Report on the lunatic asylums under the Government of Bombay - 1904-1913
Year: 1904
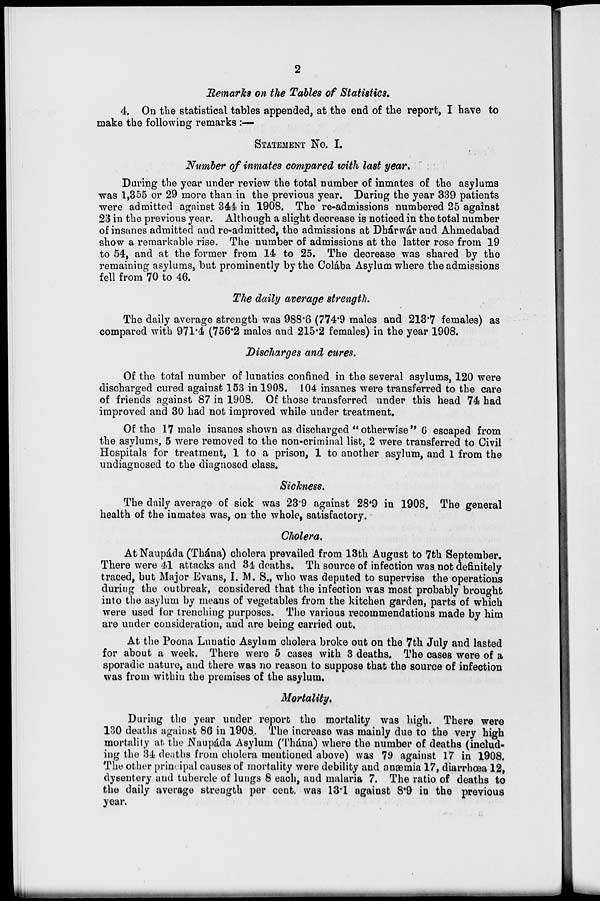
2
Remarks on the Tables of Statistics.
4. On the statistical tables appended, at the end of the report, I have to
make the following remarks :—
STATEMENT NO. I.
Number of inmates compared with last year.
During the year under review the total number of inmates of the asylums
was 1,355 or 29 more than in the previous year. During the year 339 patients
were admitted against 344 in 1908. The re-admissions numbered 25 against
23 in the previous year. Although a slight decrease is noticed in the total number
of insanes admitted and re-admitted, the admissions at Dhárwár and Ahmedabad
show a remarkable rise. The number of admissions at the latter rose from 19
to 54, and at the former from 14 to 25. The decrease was shared by the
remaining asylums, but prominently by the Colába Asylum where the admissions
fell from 70 to 46.
The daily average strength.
The daily average strength was 988.6 (774.9 males and 213.7 females) as
compared with 971.4 (756.2 males and 215.2 females) in the year 1908.
Discharges and cures.
Of the total number of lunatics confined in the several asylums, 120 were
discharged cured against 153 in 1908. 104 insanes were transferred to the care
of friends against 87 in 1908. Of those transferred under this head 74 had
improved and 30 had not improved while under treatment.
Of the 17 male insanes shown as discharged " otherwise " 6 escaped from
the asylums, 5 were removed to the non-criminal list, 2 were transferred to Civil
Hospitals for treatment, 1 to a prison, 1 to another asylum, and 1 from the
undiagnosed to the diagnosed class.
Sickness.
The daily average of sick was 23.9 against 28.9 in 1908. The general
health of the inmates was, on the whole, satisfactory.
Cholera.
At Naupáda (Thána) cholera prevailed from 13th August to 7th September.
There were 41 attacks and 34 deaths. Th source of infection was not definitely
traced, but Major Evans, I. M. S., who was deputed to supervise the operations
during the outbreak, considered that the infection was most probably brought
into the asylum by means of vegetables from the kitchen garden, parts of which
were used for trenching purposes. The various recommendations made by him
are under consideration, and are being carried out.
At the Poona Lunatic Asylum cholera broke out on the 7th July and lasted
for about a week. There were 5 cases with 3 deaths. The cases were of a
sporadic nature, and there was no reason to suppose that the source of infection
was from within the premises of the asylum.
Mortality.
During the year under report the mortality was high. There were
130 deaths against 86 in 1908. The increase was mainly due to the very high
mortality at the Naupáda Asylum (Thána) where the number of deaths (includ-
ing the 34 deaths from cholera mentioned above) was 79 against 17 in 1908.
The other principal causes of mortality were debility and anæmia 17, diarrhœa 12,
dysentery and tubercle of lungs 8 each, and malaria 7. The ratio of deaths to
the daily average strength per cent. was 13.1 against 8.9 in the previous
year.